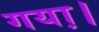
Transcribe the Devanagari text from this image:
गया़।